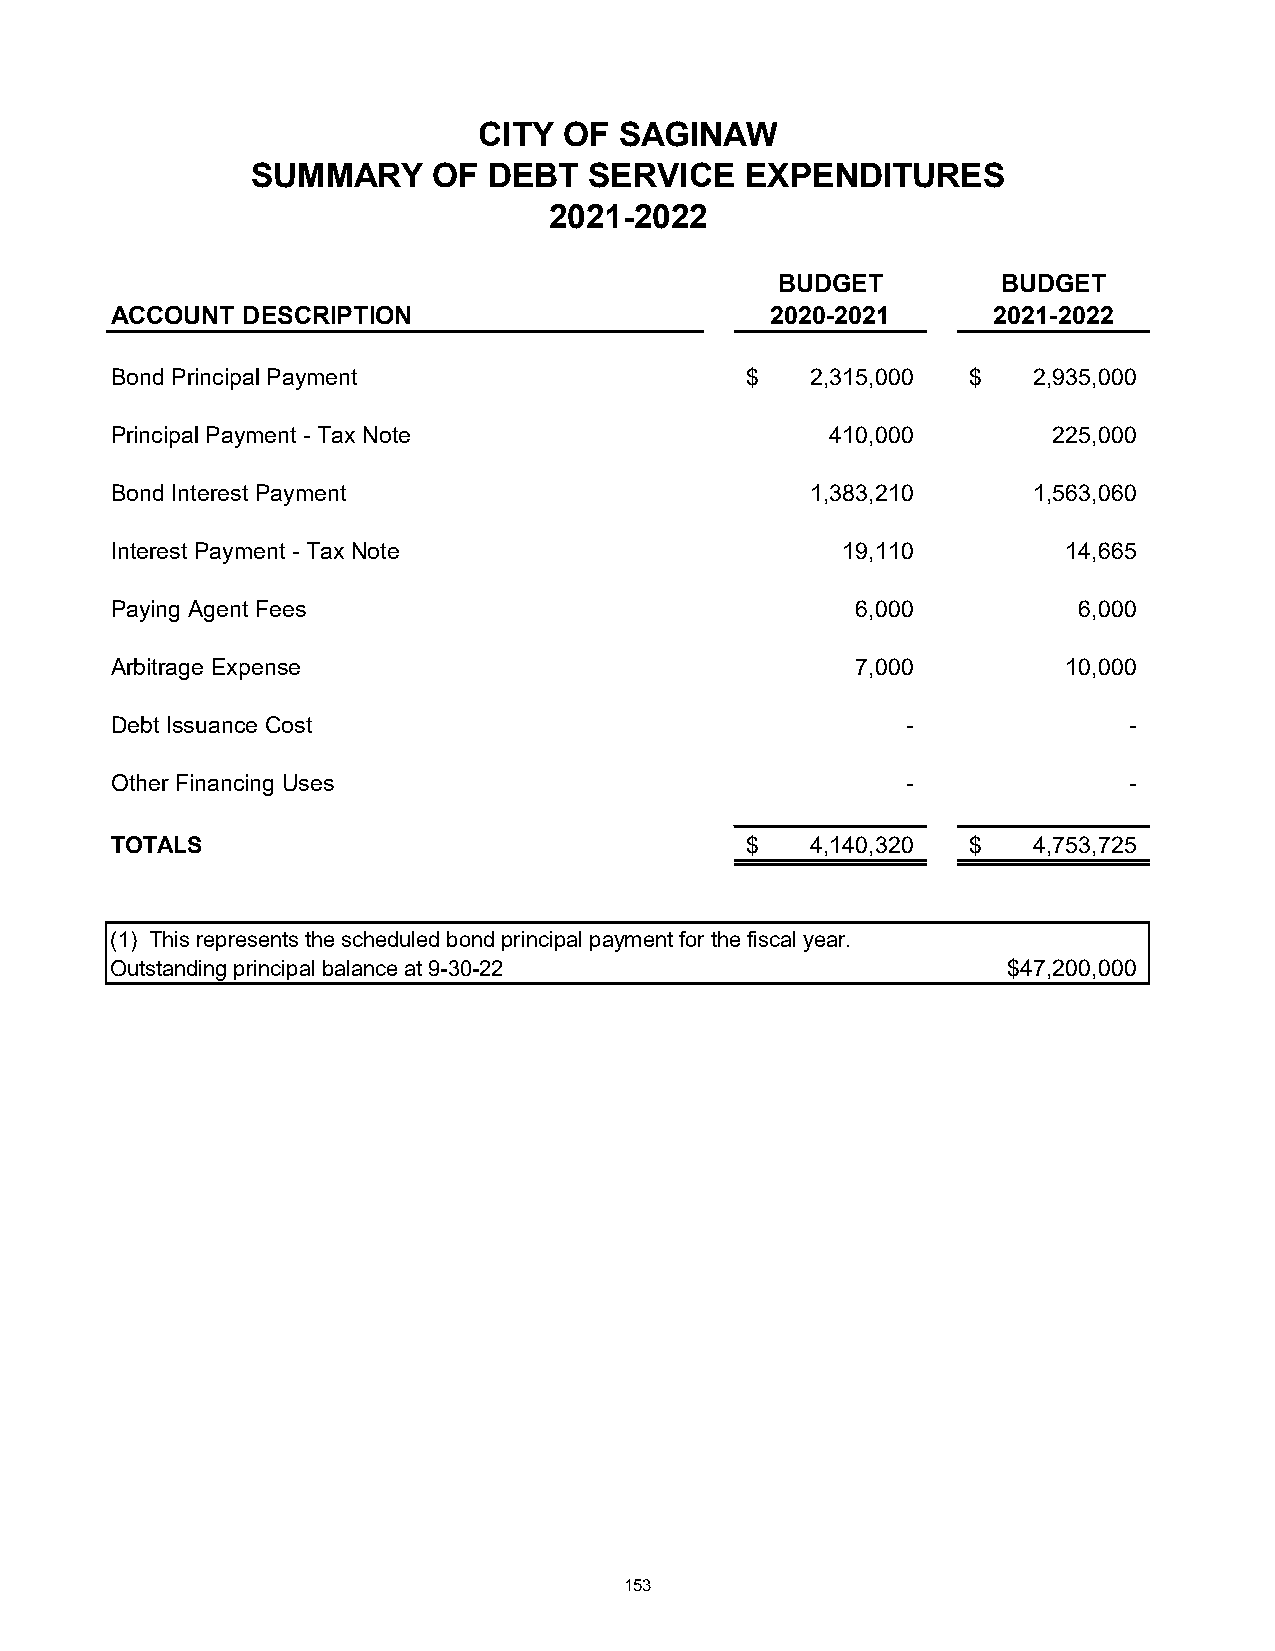
CITY OF  SAGINAW
 SUMMARY     OF DEBT   SERVICE   EXPENDITURES
 2021-2022
 BUDGET         BUDGET
 ACCOUNT  DESCRIPTION                        2020-2021      2021-2022
 Bond Principal Payment                    $    2,315,000 $   2,935,000
 Principal Payment - Tax Note                    410,000        225,000
 Bond Interest Payment                          1,383,210     1,563,060
 Interest Payment - Tax Note                      19,110         14,665
 Paying Agent Fees                                 6,000         6,000
 Arbitrage Expense                                 7,000         10,000
 Debt Issuance Cost                                   -              -
 Other Financing Uses                                 -              -
 TOTALS                                    $    4,140,320 $   4,753,725
 (1) This represents the scheduled bond principal payment for the fiscal year.
 Outstanding principal balance at 9-30-22                    $47,200,000
 153